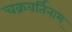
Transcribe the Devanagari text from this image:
चक्रवर्तिनाम्